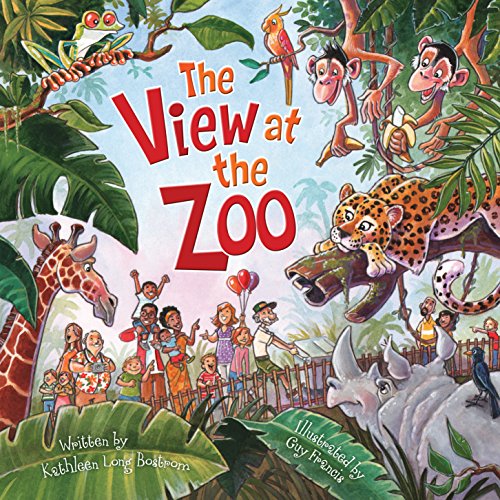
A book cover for The View at the Zoo; Kathleen Long Bostrom; Children's Books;